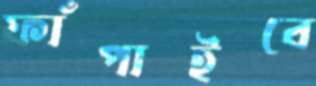
ফাঁপাইবে